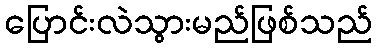
ပြောင်းလဲသွားမည်ဖြစ်သည်